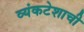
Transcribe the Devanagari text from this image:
व्यंकटेशाची